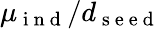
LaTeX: \mu_{\mathrm{~i~n~d~}}/d_{\mathrm{~s~e~e~d~}}